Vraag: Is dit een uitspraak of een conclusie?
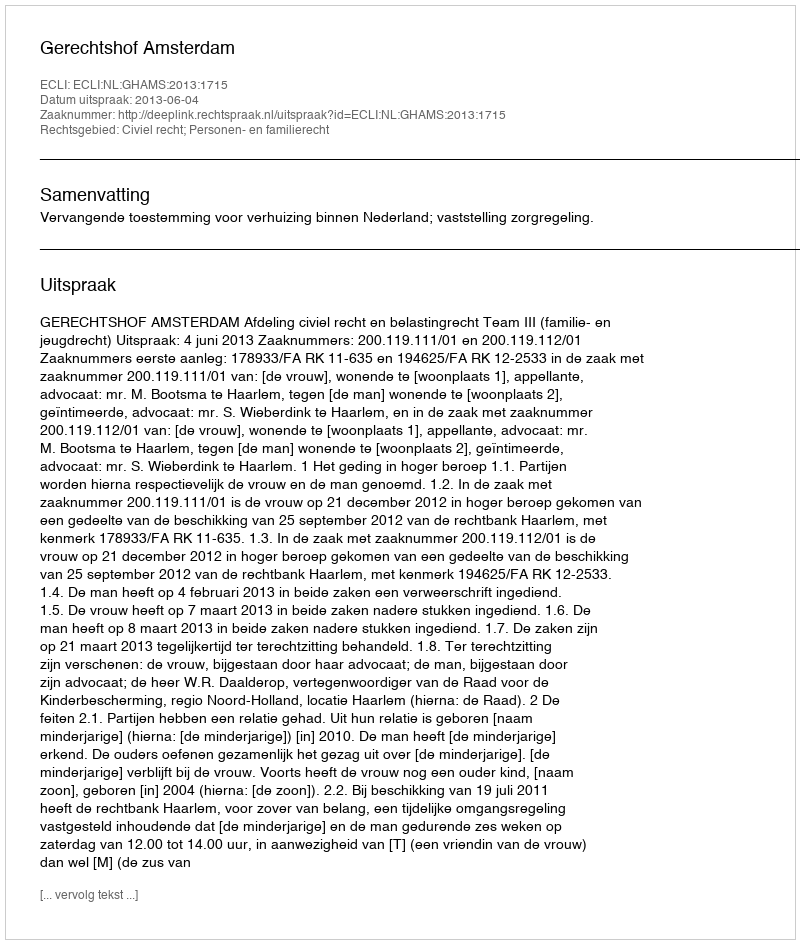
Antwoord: Uitspraak